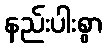
နည်းပါးစွာ